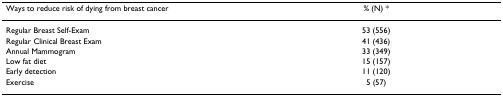
<table><thead><tr><td><b>Ways to reduce risk of dying from breast cancer</b></td><td><b>% (N) *</b></td></tr></thead><tbody><tr><td>Regular Breast Self-Exam</td><td>53 (556)</td></tr><tr><td>Regular Clinical Breast Exam</td><td>41 (436)</td></tr><tr><td>Annual Mammogram</td><td>33 (349)</td></tr><tr><td>Low fat diet</td><td>15 (157)</td></tr><tr><td>Early detection</td><td>11 (120)</td></tr><tr><td>Exercise</td><td>5 (57)</td></tr></tbody></table>